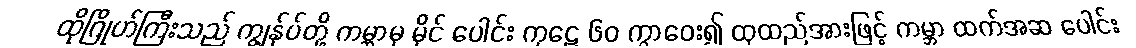
ထိုဂြိုဟ်ကြီးသည် ကျွန်ုပ်တို့ ကမ္ဘာမှ မိုင် ပေါင်း ကုဋေ ၆၀ ကွာဝေး၍ ထုထည်အားဖြင့် ကမ္ဘာ ထက်အဆ ပေါင်း